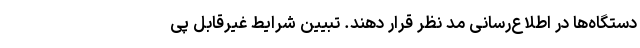
دستگاه‌ها در اطلاع‌رسانی مد نظر قرار دهند. تبیین شرایط غیرقابل پی